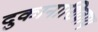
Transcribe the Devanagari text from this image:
दुकानाशिवाय